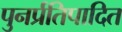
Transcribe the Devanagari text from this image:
पुनर्प्रतिपादित